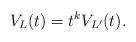
LaTeX: \begin{align*}V_L(t)= t^k V_{L'}(t).\end{align*}